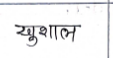
मजकूर: खुशाल